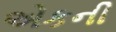
એકની